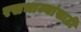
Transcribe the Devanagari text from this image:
रसभाज्यांसाठी